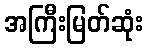
အကြီးမြတ်ဆုံး